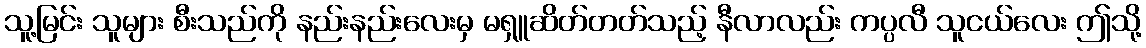
သူ့မြင်း သူများ စီးသည်ကို နည်းနည်းလေးမှ မရှူဆိတ်တတ်သည့် နီလာလည်း ကပ္ပလီ သူငယ်လေး ဤသို့